Problem: 8 × 9 = ?
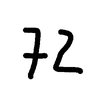
Handwritten answer: 72